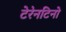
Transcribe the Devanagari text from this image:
टेरेनटिनो